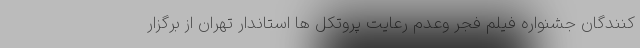
کنندگان جشنواره فیلم فجر وعدم رعایت پروتکل ها استاندار تهران از برگزار